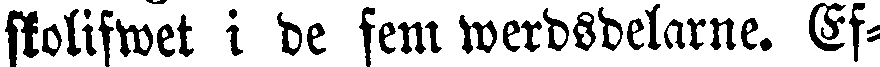
skolifwet i de fem werdsdelarne. Ef-